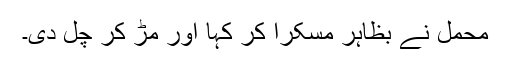
محمل نے بظاہر مسکرا کر کہا اور مڑ کر چل دی۔